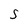
Character: s